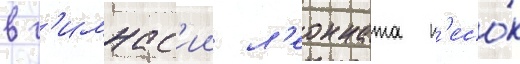
в г'имнас'ии л'еонната п'есо́к